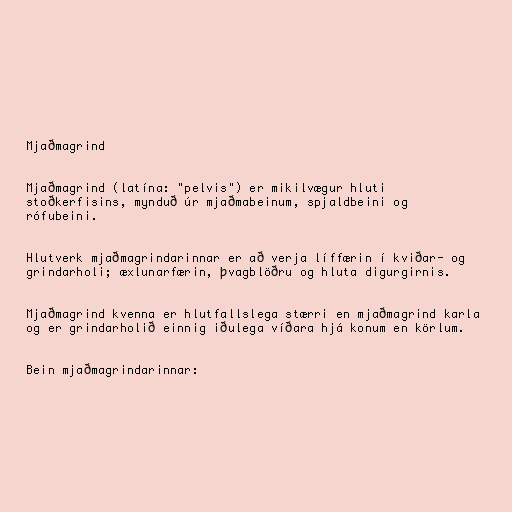
Mjaðmagrind

Mjaðmagrind (latína: "pelvis") er mikilvægur hluti
stoðkerfisins, mynduð úr mjaðmabeinum, spjaldbeini og
rófubeini.

Hlutverk mjaðmagrindarinnar er að verja líffærin í kviðar- og
grindarholi; æxlunarfærin, þvagblöðru og hluta digurgirnis.

Mjaðmagrind kvenna er hlutfallslega stærri en mjaðmagrind karla
og er grindarholið einnig iðulega víðara hjá konum en körlum.

Bein mjaðmagrindarinnar: